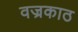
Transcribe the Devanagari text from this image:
वज्रकाठ